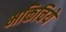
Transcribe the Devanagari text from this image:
भक्तिचिये